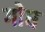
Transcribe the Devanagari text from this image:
गोघ